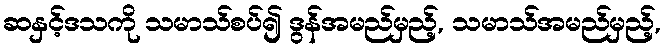
ဆနှင့်ဒသကို သမာသ်စပ်၍ ဒွန်အမည်မှည့်, သမာသ်အမည်မှည့်,